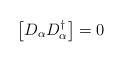
LaTeX: \begin{align*}\left[D_{\alpha} D^{\dagger}_{\alpha} \right] =0\end{align*}